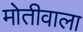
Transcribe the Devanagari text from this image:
मोतीवाला